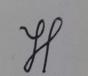
Signature authenticity: genuine